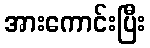
အားကောင်းပြီး